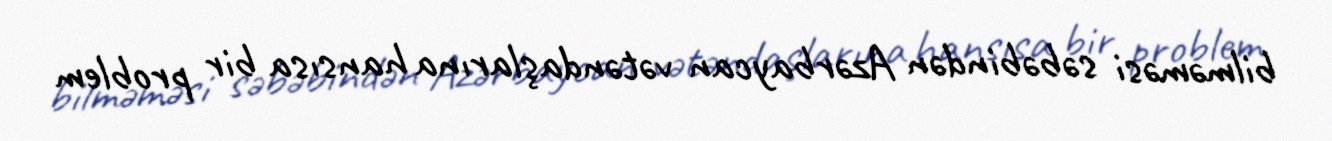
bilməməsi səbəbindən Azərbaycan vətəndaşlarına hansısa bir problem